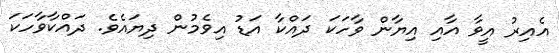
އެއިރު އީވާ އާއި އިޔާން ވާހަކަ ދައްކާ އަޑު އިވެމުން ދިޔައެވެ. ދައްކާވާހަކަ